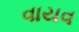
વાયવ